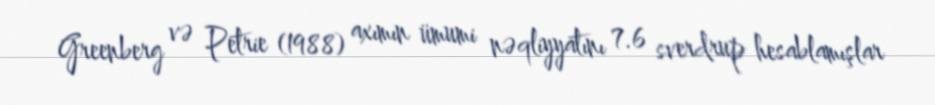
Greenberg və Petrie (1988) axımın ümumi nəqliyyatını 7.6 sverdrup hesablamışlar